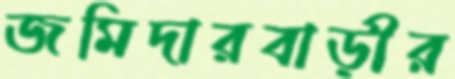
জমিদারবাড়ীর